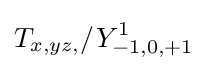
T_{x,yz,}/Y_{-1,0,+1}^{1}